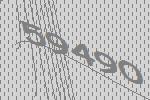
59490